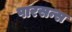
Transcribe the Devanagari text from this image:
पारसन्स